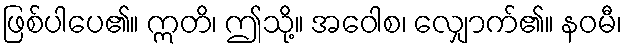
ဖြစ်ပါပေ၏။ ဣတိ၊ ဤသို့။ အဝေါစ၊ လျှောက်၏။ နဝမီ၊